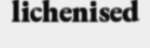
lichenised